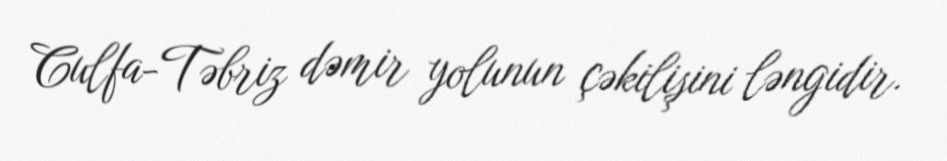
Culfa-Təbriz dəmir yolunun çəkilişini ləngidir.